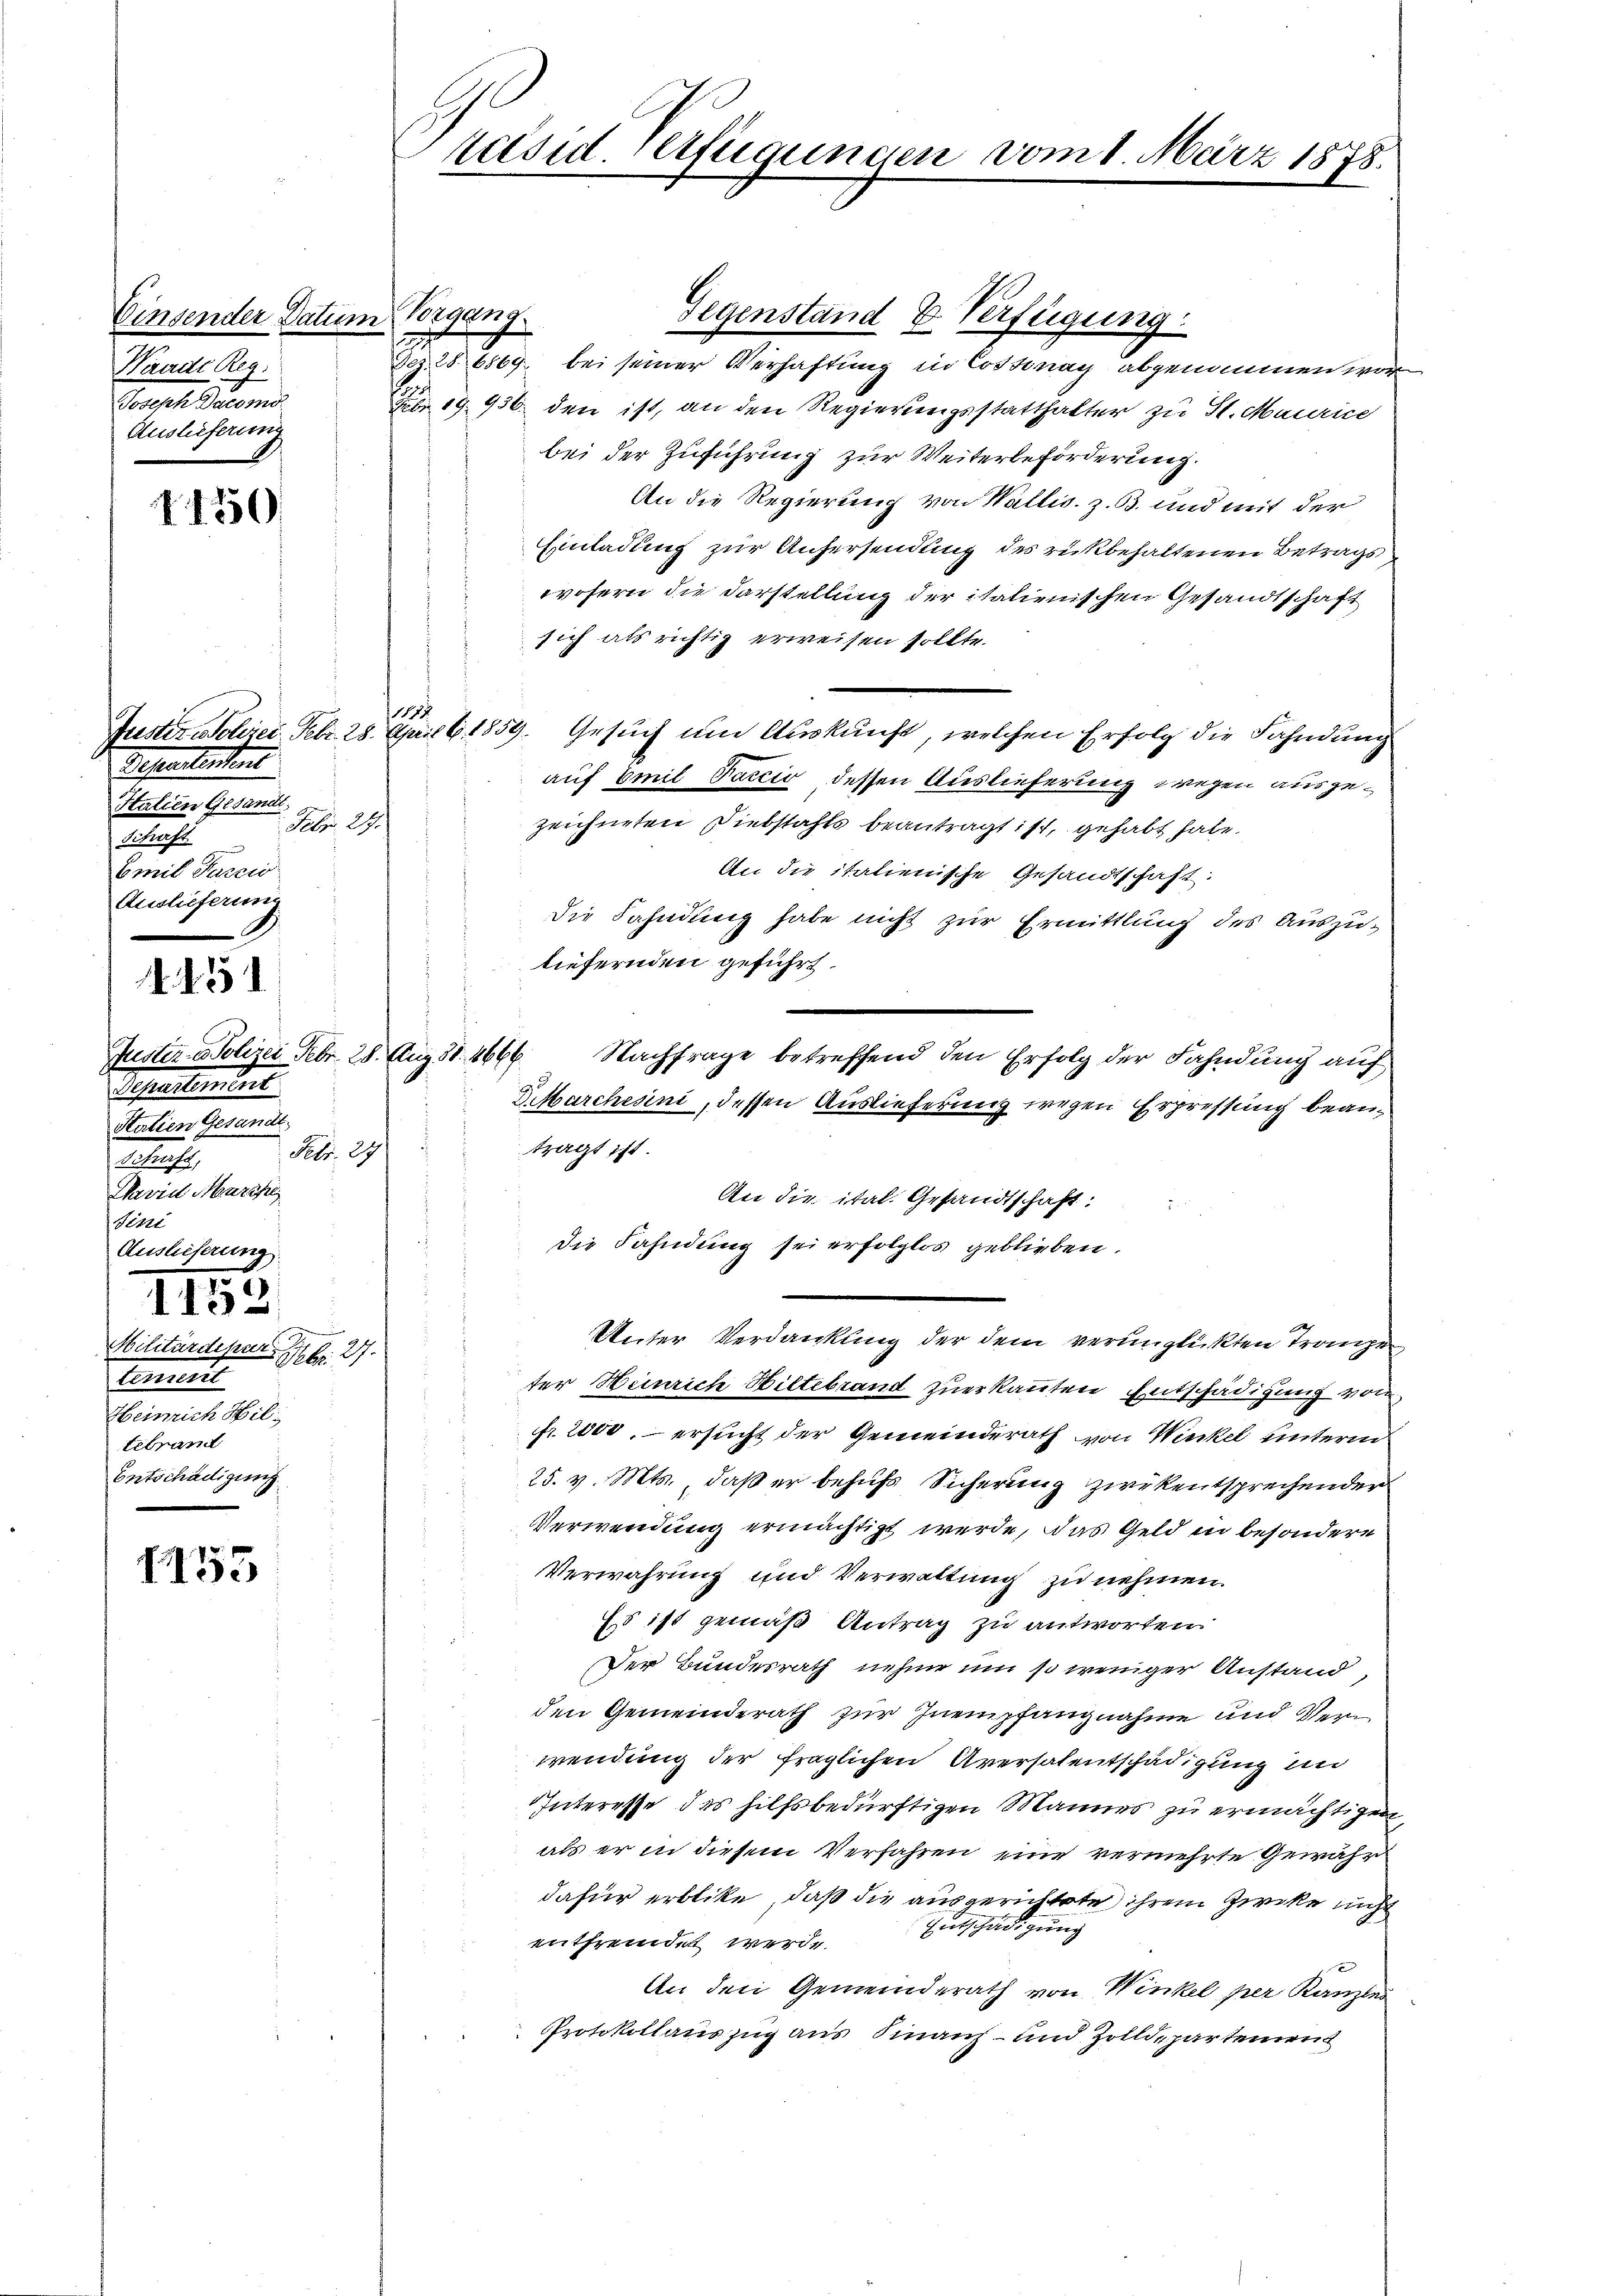
11550

Separtement
Italien Gesandt,
Seb. 29.
s
.
Emil Parcio
Auslieferung

Waadt Reg.
Joseph Decomo
Auslieferung

15

Gestehendent
Statien Gesandt
Febr. 29.
Schaft,
Waviel Marcke
Sint
Auslieferung

115
.
Militärdepar

Commis
Heinrich Bil
tebrand
Entschädigung

7155

i)

Einsender Datum Vorgang.

räsid. Beistigungen vom 1. März 1878.

Gegenstand & Verfügung
Dez. 28. 6869 bei seiner Verhaftung in Cossonay abgenommen wor
Febr. 19936. den ist, an den Regierungsstatthalter zu St. Maurice
bei der Zuführung zur Weiterbeförderung.
An die Regierung von Wallis. z. B. und mit der
Einladung zur Anhersendung des rükbehaltenen Betrags
wofern die Darstellung der italienischen Gesandtschaft
sich als richtig erweisen sollte.
Puster oberei. Febr. 28. April 1859. Gesuch um Auskunft, welchen Erfolg die Fahndung
auf Emil Vaccio dessen Auslieferung wegen ausgezeichneten Diebstahls beantragt ist, gehabt habe.
An die italienische Gesandtschaft:
Die Fahndung habe nicht zur Ermittlung des Auszutiefernden geführt.
S.Marchesini, dessen Auslieferung wegen Erpressung beantragt ist.
An die ital. Gesandtschaft:
Die Fahndung sei erfolglos geblieben.
Unter Verdankung der dem verunglückten Trange
ter Heinrich Hiltebrand zuerkannten Entschädigung von
fr. 2000, – ersucht der Gemeinderath von Winkel unterm
25. v. Mts., daß er behufs Sicherung zwekentsprechender
Verwendung ermächtigt werde, das Geld in besondere
Verwahrung und Verwaltung zu nehmen.
Es ist gemäß Antrag zu antworten.
Der Bundesrath nehme um so weniger Anstand,
den Gemeinderath zur Inempfangnahme und Verwendung der fraglichen Aversalentschädigung un
Interesse des hilfsbedürftigen Mannes zu ermächtigen
als er in diesem Verfahren eine vermehrte Gewähr
dafür erblike, daß die ausgerichtete ihrem Zwicke nicht
entfremdet werde. Entschädigung
An den Gemeinderath von Winkel per Kanzlei
Protokollauszug aus Finanz- und Zolldepartement

177

Juster - Polizei Febr. 28. Aug. 31. 4666. Nachfrage betreffend den Erfolg der Fahndung auf